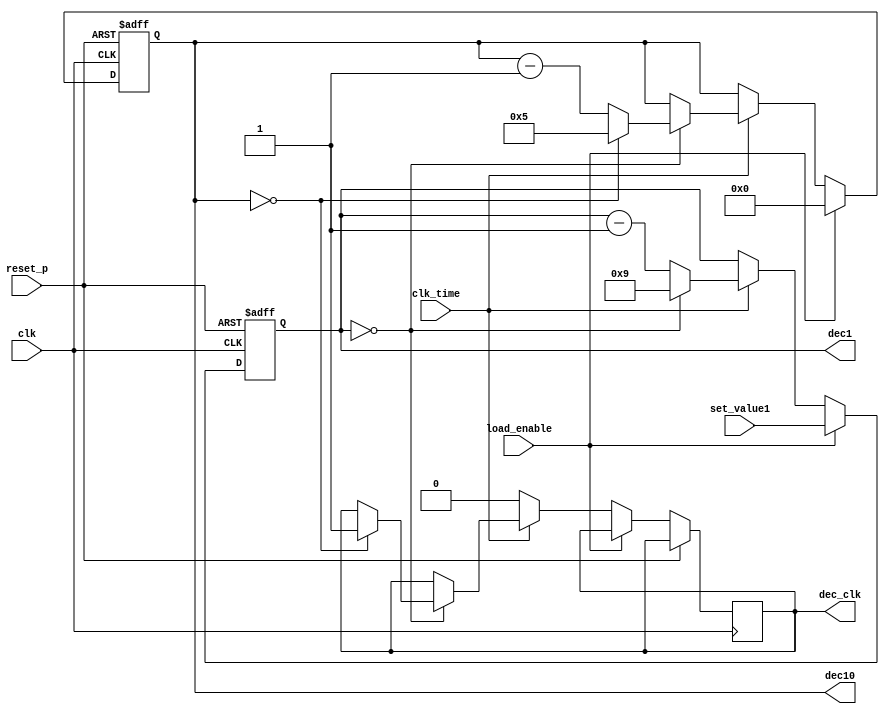

module loadable_downcounter_dec_60_fan( 
    input clk, reset_p,
    input clk_time,
    input load_enable,
    input [3:0] set_value1,
    output reg [3:0] dec1, dec10,
    output reg dec_clk
    );
  
    always @(posedge clk or posedge reset_p) begin
        if(reset_p) begin
            dec1=0;
            dec10=0;
        end
        else begin
            if(load_enable)begin
                dec1 = set_value1;
                dec10 = 0;
            end
            else if(clk_time) begin
              if(dec1 == 0) begin  //0   .
                     dec1 = 9;
                     if (dec10 == 0) begin
                        dec10 =5;
                        dec_clk = 1;
                     end
                     else dec10 = dec10 - 1;
                end
                else dec1 = dec1 -1;
            end
            else dec_clk =0;
        end
    end
endmodule